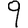
Digit: 9